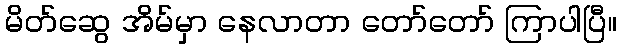
မိတ်ဆွေ အိမ်မှာ နေလာတာ တော်တော် ကြာပါပြီ။